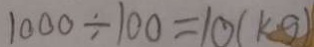
1 0 0 0 \div 1 0 0 = 1 0 ( k g )